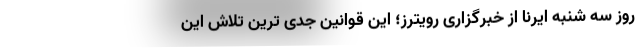
روز سه شنبه ایرنا از خبرگزاری رویترز؛ این قوانین جدی ترین تلاش این